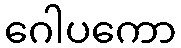
ဂေါပကော